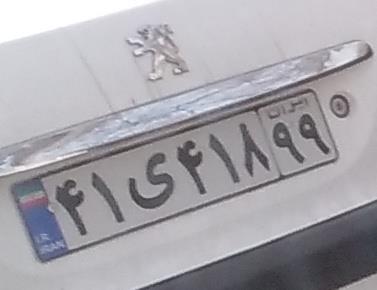
۴۱ی۴۱۸۹۹